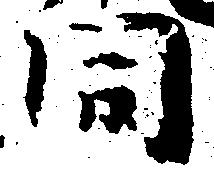
同